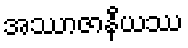
အဿာဇာနီယဿ